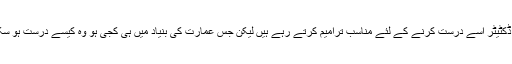
حالانکہ ڈکٹیٹر اسے درست کرنے کے لئے مناسب ترامیم کرتے رہے ہیں لیکن جس عمارت کی بنیاد میں ہی کجی ہو وہ کیسے درست ہو سکتی ہے؟